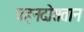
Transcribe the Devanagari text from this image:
वहनदोसतान